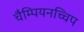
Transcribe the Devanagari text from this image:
चैम्पियनच्चिप